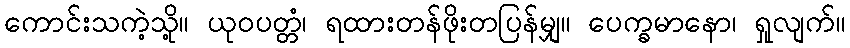
ကောင်းသကဲ့သို့။ ယုဝပတ္တံ၊ ရထားတန်ဖိုးတပြန်မျှ။ ပေက္ခမာနော၊ ရှုလျက်။